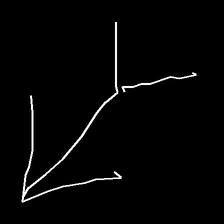
Glyph: gather